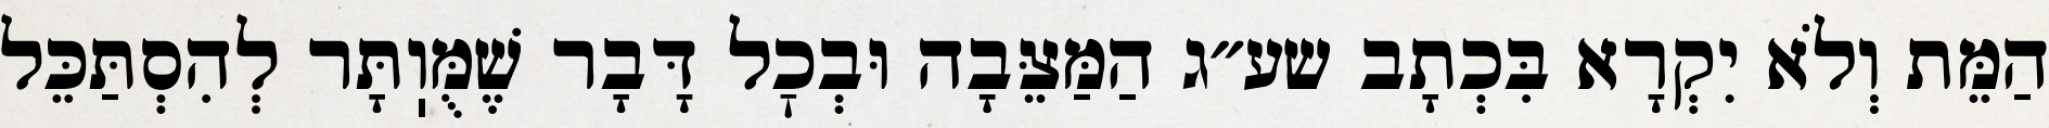
הַמֵּת וְלֹא יִקְרָא בִּכְתָב שע״ג הַמַּצֵּבָה וּבְכׇל דָּבָר שֶׁמֻּוֽתָּר לְהִסְתַּכֵּל